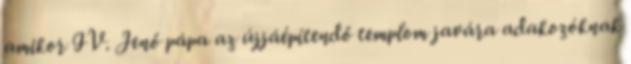
amikor IV. Jenő pápa az újjáépítendő templom javára adakozóknak